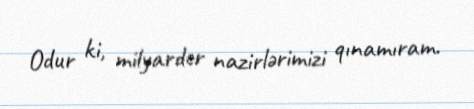
Odur ki, milyarder nazirlərimizi qınamıram.